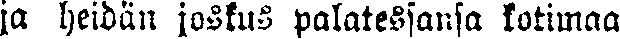
ja heidän joskus palatessansa kotimaa